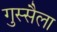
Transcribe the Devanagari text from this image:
गुस्सैला